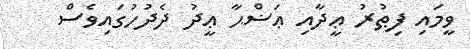
ވީމައި ފިޠުރު ޢީދާއި ޢަޟްޙާ ޢީދު ދެދުހުގައިވެސް